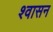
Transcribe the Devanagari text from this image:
श्वासन